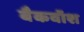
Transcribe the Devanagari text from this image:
बैकवॉश